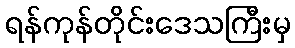
ရန်ကုန်တိုင်းဒေသကြီးမှ